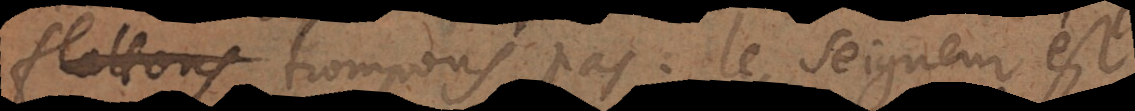
flattons trompons pas: le Seigneur est